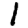
Digit: 1